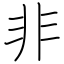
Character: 非